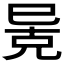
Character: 𫶶